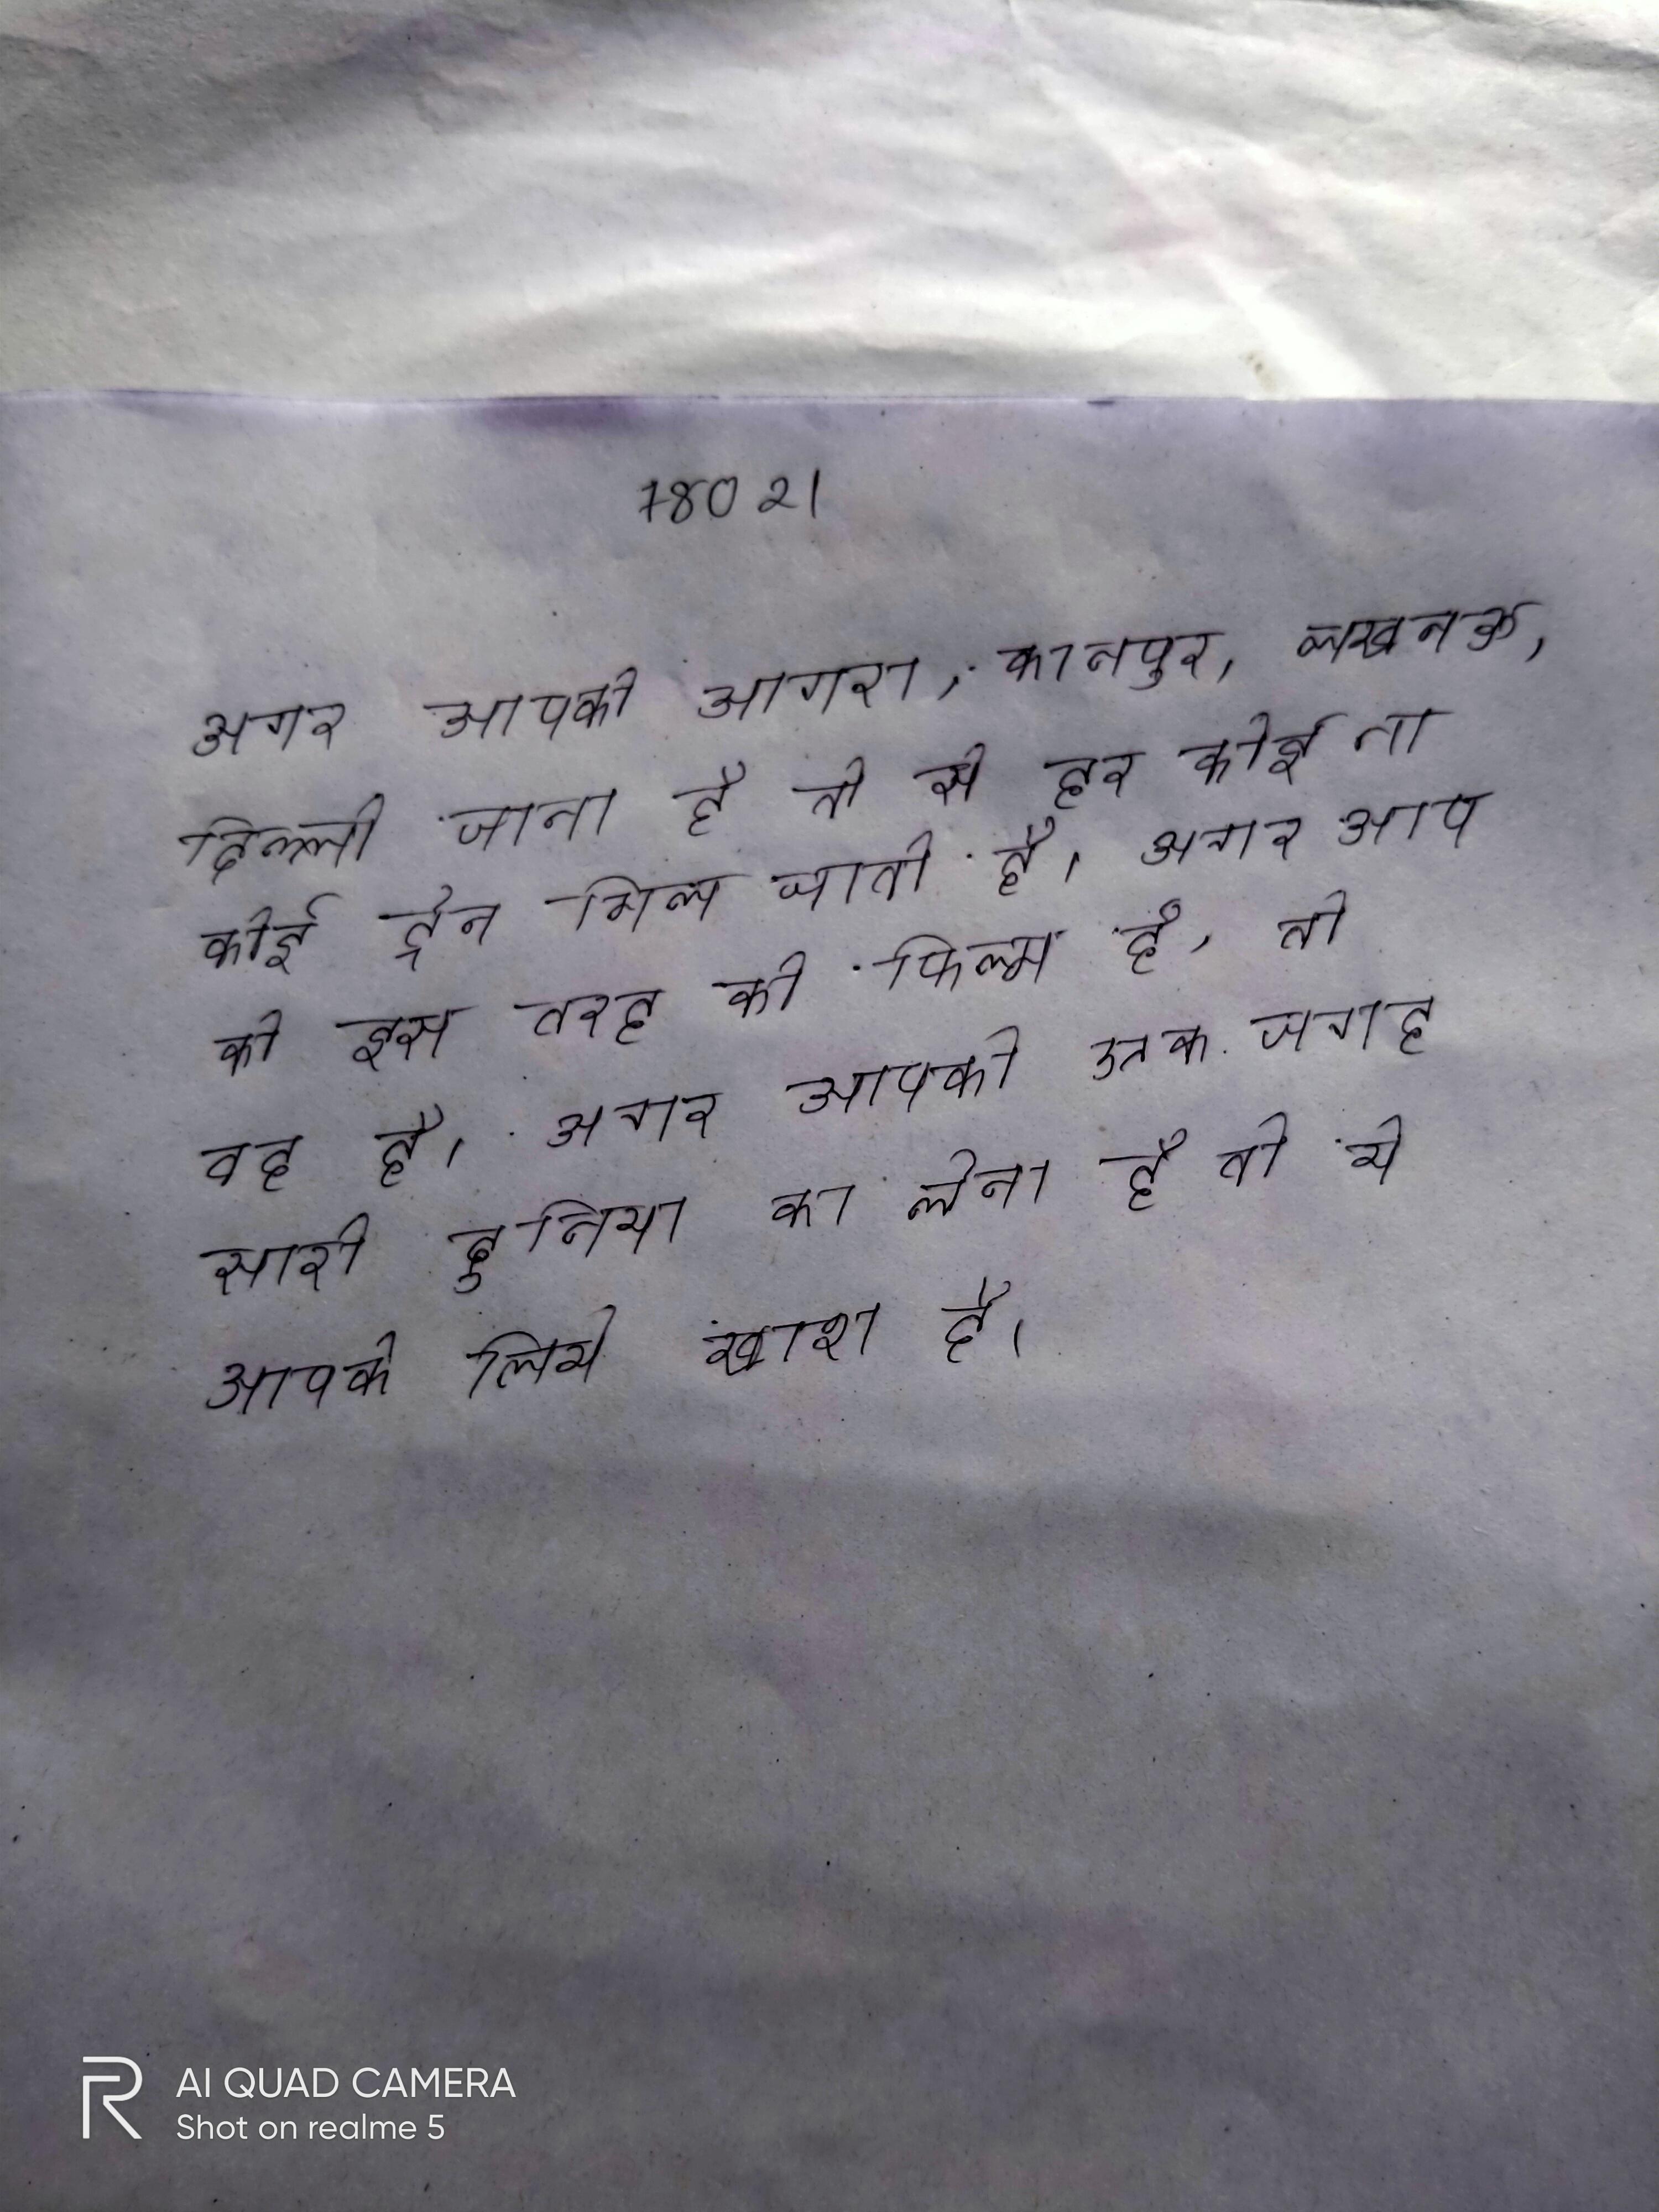
अगर आपको आगरा, कानपुर, लखनऊ, दिल्ली जाना है तो से हर कोई ना कोई ट्रेन मिल जाती है । अगर आपको इस तरह की फिल्म है, तो वह है । अगर आपको एक जगह पर सारी दुनिया का लेना है तो ये आपके लिये खाश है ।